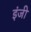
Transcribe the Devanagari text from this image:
इंजी